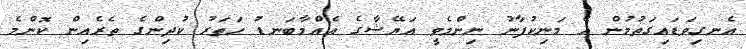
އެނގިވަޑައިގަތުމުން އެ މަނިކުފާނު ނިންމެވީ އަޔޭޝާގެ އެއްމާބަނޑު ހަތަރު ކުދިންގެ ތެރެއިން ކޮންމެ